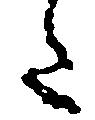
た